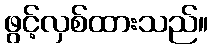
ဖွင့်လှစ်ထားသည်။